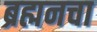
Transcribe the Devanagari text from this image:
ब्रह्मनचा